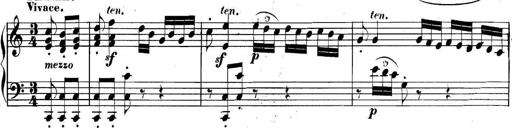
Title: Collected Piano Sonatas
Composer: Muzio Clementi